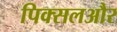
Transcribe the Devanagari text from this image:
पिक्सलऔर